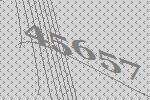
45657